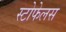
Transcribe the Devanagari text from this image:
स्टोफेलस